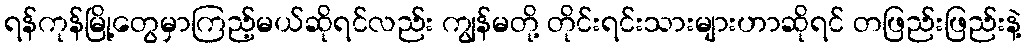
ရန်ကုန်မြို့တွေမှာကြည့်မယ်ဆိုရင်လည်း ကျွန်မတို့ တိုင်းရင်းသားများဟာဆိုရင် တဖြည်းဖြည်းနဲ့